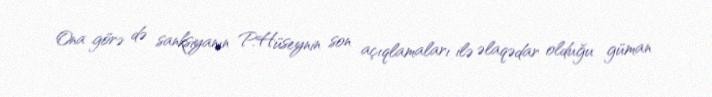
Ona görə də sanksiyanın P.Hüseynin son açıqlamaları ilə əlaqədar olduğu güman